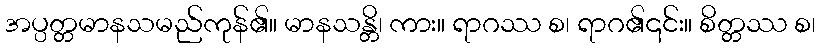
အပ္ပတ္တမာနသမည်ကုန်၏။ မာနသန္တိ၊ ကား။ ရာဂဿ စ၊ ရာဂ၏၎င်း။ စိတ္တဿ စ၊